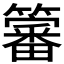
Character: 𮆳